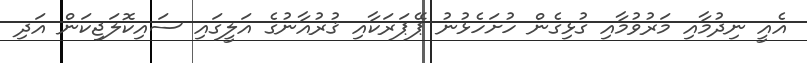
އެއީ ނިދުމާއި މަރުވުމާއި ގުޅިގެން ހުށަހެޅުނު ޕޭޕަރަކާއި ޤުރުއާނުގެ އަލީގައި ސައިކޮލަޖިކަން އަދި